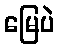
မြေပဲ